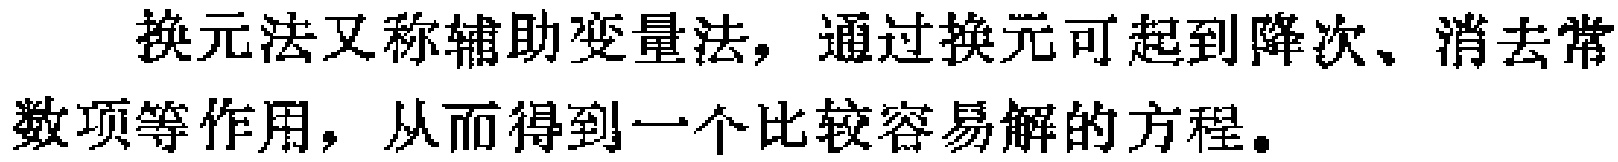
换元法又称辅助变量法，通过换元可起到降次、消去常数项等作用，从而得到一个比较容易解的方程。